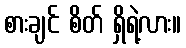
စားချင် စိတ် ရှိရဲ့လား။